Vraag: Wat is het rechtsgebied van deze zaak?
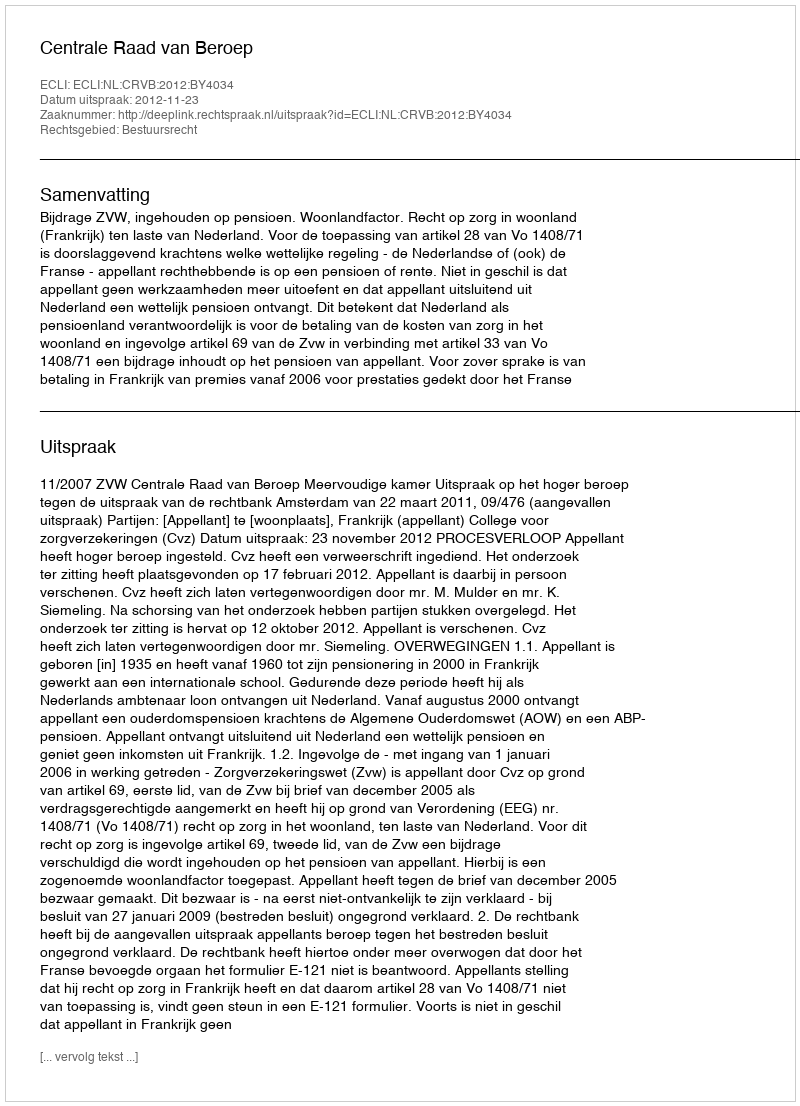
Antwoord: Bestuursrecht